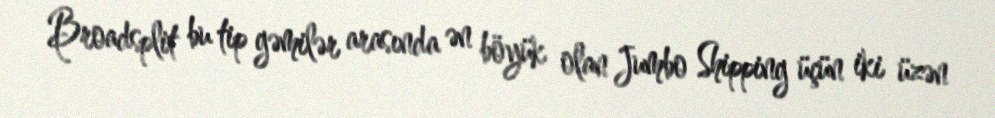
Broadsplit bu tip gəmilər arasında ən böyük olan Jumbo Shipping üçün iki üzən